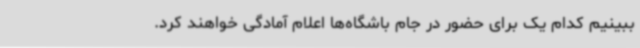
ببینیم کدام یک برای حضور در جام باشگاه‌ها اعلام آمادگی خواهند کرد.